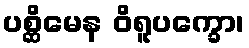
ပစ္ဆိမေန ဝိရူပက္ခော၊